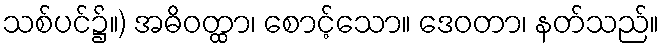
သစ်ပင်၌။) အဓိဝတ္ထာ၊ စောင့်သော။ ဒေဝတာ၊ နတ်သည်။